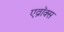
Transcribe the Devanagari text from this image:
एव्रॉक्स